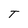
Character: T